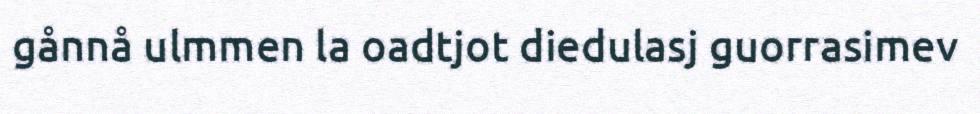
gånnå ulmmen la oadtjot diedulasj guorrasimev